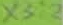
Text: X3:2